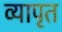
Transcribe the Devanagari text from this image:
व्यापृत